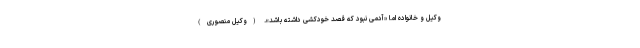
وکیل و خانواده اما «آدمی نبود که قصد خودکشی داشته باشد». (وکیل منصوری)